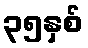
၃၅နှစ်